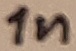
Text: 1n